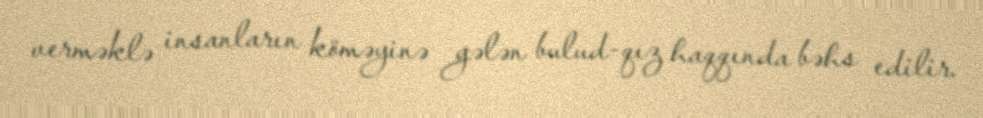
verməklə insanların köməyinə gələn bulud-qız haqqında bəhs edilir.